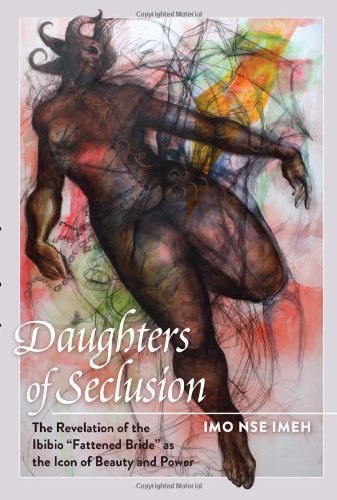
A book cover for Daughters of Seclusion: The Revelation of the Ibibio Â«Fattened BrideÂ» as the Icon of Beauty and Power (Black Studies and Critical Thinking); Imo Nse Imeh; History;